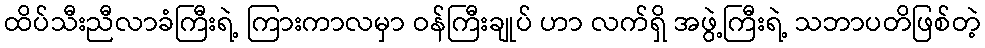
ထိပ်သီးညီလာခံကြီးရဲ့ ကြားကာလမှာ ဝန်ကြီးချုပ် ဟာ လက်ရှိ အဖွဲ့ကြီးရဲ့ သဘာပတိဖြစ်တဲ့